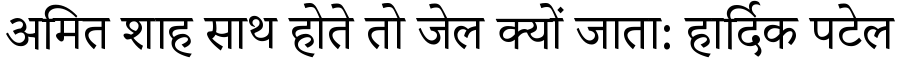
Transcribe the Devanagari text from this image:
अमित शाह साथ होते तो जेल क्यों जाता: हार्दिक पटेल